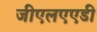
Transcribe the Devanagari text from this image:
जीएलएएडी